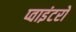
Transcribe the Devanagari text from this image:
प्वाइंटरों